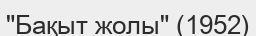
"Бақыт жолы" (1952)